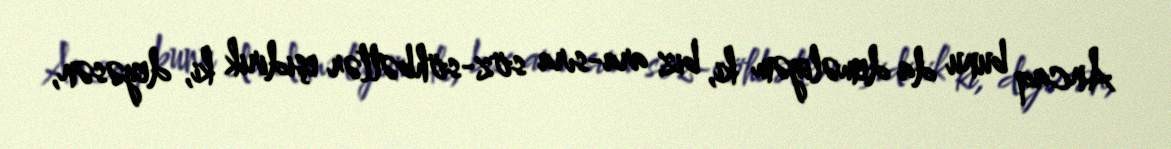
Ancaq bunu da deməliyəm ki, biz ara-sıra söz-söhbətlər eşidirik ki, deyəsən,